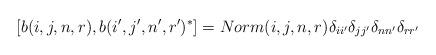
LaTeX: \begin{align*}[b(i,j,n,r),b(i',j',n',r')^*]=Norm(i,j,n,r)\delta_{ii'}\delta_{jj'}\delta_{nn'}\delta_{rr'}\end{align*}